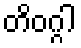
တိဝဂ္ဂါ